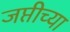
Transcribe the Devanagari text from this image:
जप्तीच्या